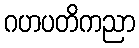
ဂဟပတိကညာ